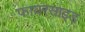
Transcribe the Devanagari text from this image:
फायरसाइड